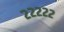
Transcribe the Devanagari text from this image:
२२२२२